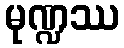
မုဏ္ဍဿ